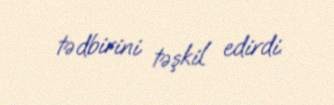
tədbirini təşkil edirdi.